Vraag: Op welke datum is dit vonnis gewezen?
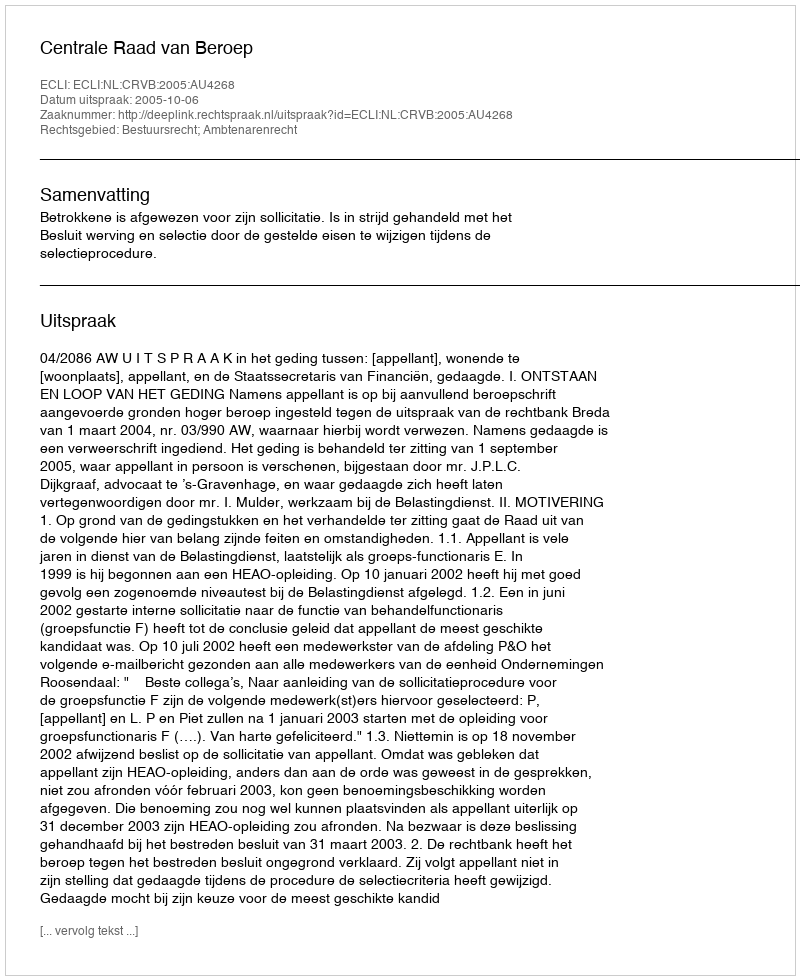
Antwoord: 2005-10-06